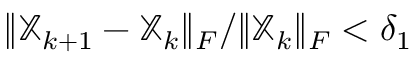
{ \lVert \mathbb { X } _ { k + 1 } - \mathbb { X } _ { k } \rVert _ { F } } / { \lVert \mathbb { X } _ { k } \rVert _ { F } } < \delta _ { 1 }